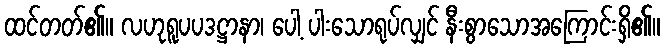
ထင်တတ်၏။ လဟုရူပပဒဋ္ဌာနာ၊ ပေါ့ ပါးသောရုပ်လျှင် နီးစွာသောအကြောင်းရှိ၏။